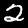
Label: 2